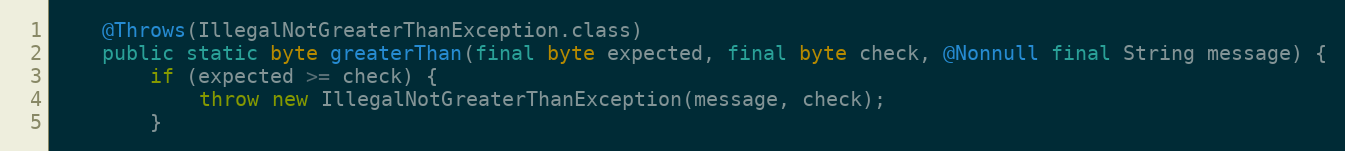
Language: Java
	@Throws(IllegalNotGreaterThanException.class)
	public static byte greaterThan(final byte expected, final byte check, @Nonnull final String message) {
		if (expected >= check) {
			throw new IllegalNotGreaterThanException(message, check);
		}